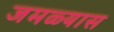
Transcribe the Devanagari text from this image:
जमळ्यास